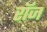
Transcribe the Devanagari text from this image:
रॉज